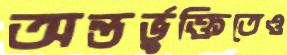
অন্তর্ভুক্তিতেও